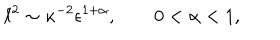
LaTeX: \ell ^ { 2 } \sim \kappa ^ { - 2 } \epsilon ^ { 1 + \alpha } , \qquad 0 < \alpha < 1 ,